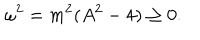
\omega ^ { 2 } = m ^ { 2 } ( A ^ { 2 } - 4 ) \geq 0 .